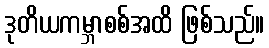
ဒုတိယကမ္ဘာစစ်အထိ ဖြစ်သည်။